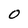
Character: 0